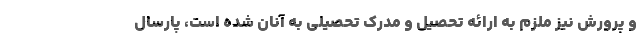
و پرورش نیز ملزم به ارائه تحصیل و مدرک تحصیلی به آنان شده است، پارسال